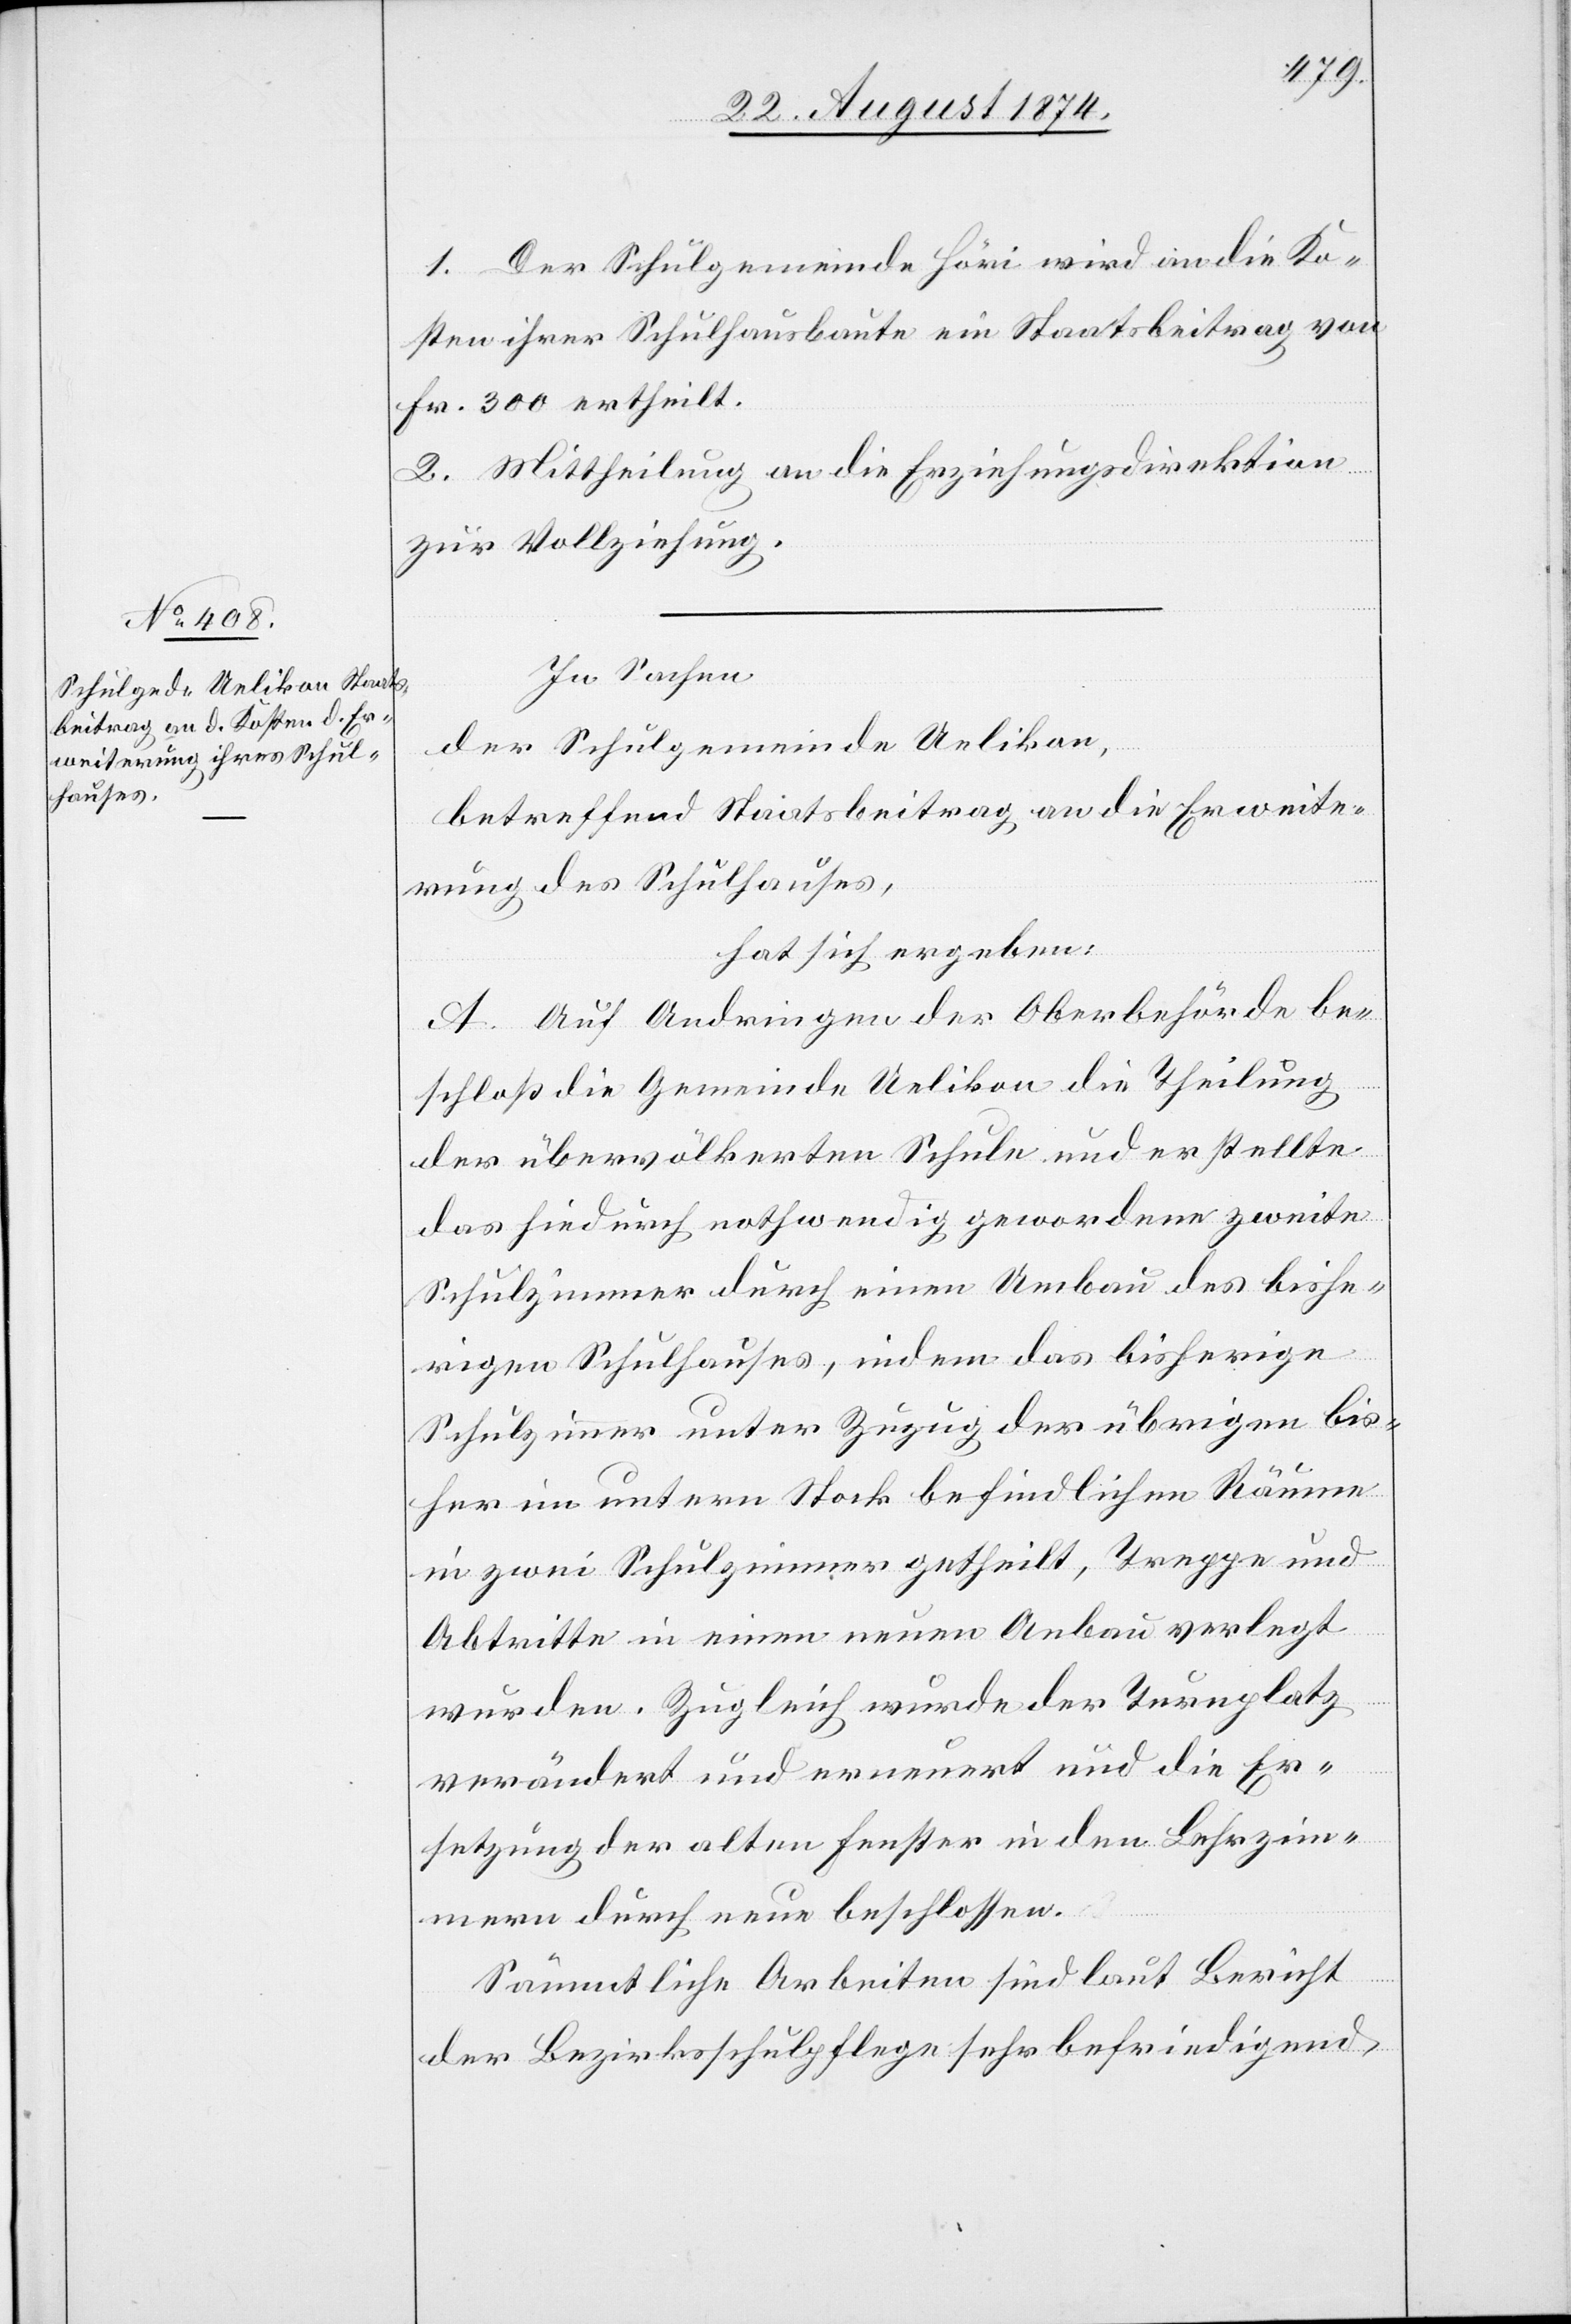
1. Der Schulgemeinde Höri wird an die Ko¬
sten ihrer Schulhausbaute ein Staatsbeitrag von
Fr. 300 ertheilt.
2. Mittheilung an die Erziehungsdirektion
zur Vollziehung.